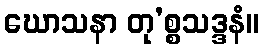
ဃောသနာ တု’စ္စသဒ္ဒနံ။